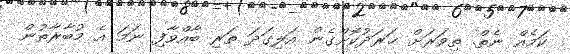
ކަމެއް ނެތް. ތިވަރަށް ޚަރަދުކޮށްގެން އަލިގަދަ ތަރި ބާއްވާފި ނަމަ އެ މުބާރާތުން